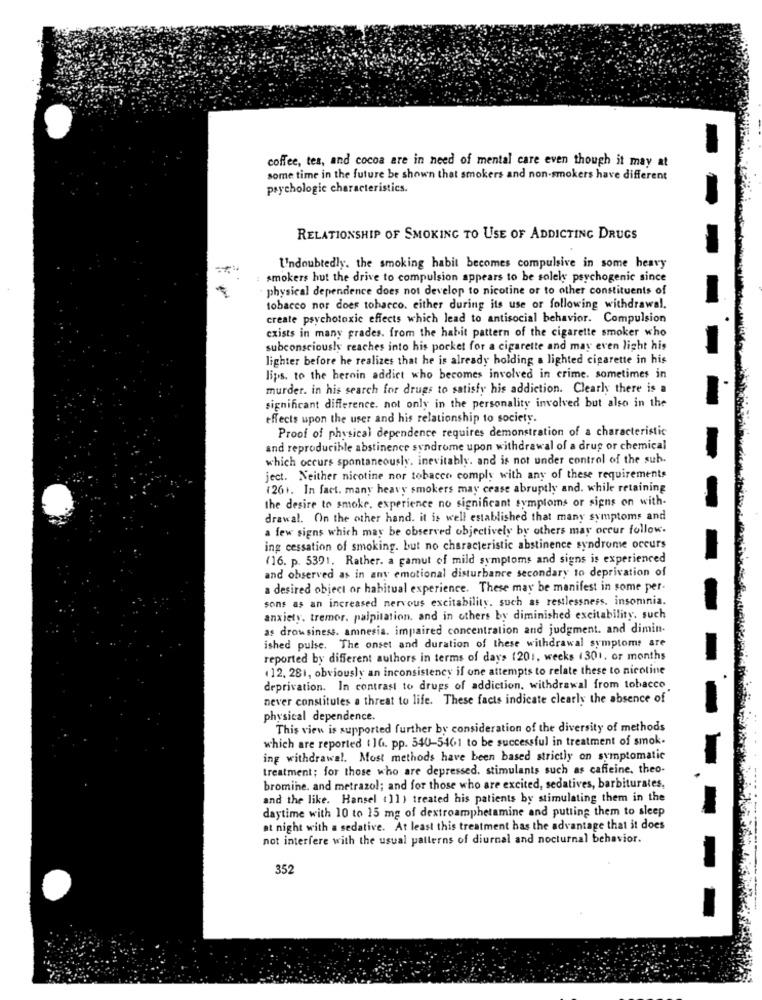
coffee, tes, and cocoa are in need of mental care even though it may at
some time in the future be shown that smokers and non-smokers have different
psychologic characteristics.
RELATIONSHIP OF SMOKING TO USE OF ADDICTING DRUGS
Undoubtedly. the smoking habit becomes compulsive in some heavy
: smokers hut the drive to compulsion appears to be solely psychogenic since
: physical dependence does not develop to nicotine or to other constituents of
tobacco nor does tobacco. either during its use or following withdrawal.
create psychotoxic effects which lead to antisocial behavior. Compulsion
exists in many grades. from the habit pattern of the cigarette smoker who
subconsciously reaches into his pocket for a cigarette and may even light his
lighter before he realizes that he is already holding a lighted cigarette in his
lips. to the heroin addict who becomes involved in crime. sometimes in
murder. in his search for drugs to satisfy his addiction. Clearly there is a
significant difference. not only in the personality involved but also in the
effects upon the user and his relationship to society.
Proof of physical dependence requires demonstration of a characteristic
and reproducible abstinence syndrome upon withdrawal of a drug or chemical
which occurs spontaneously. inevitably. and is not under control of the sub.
ject. Neither nicotine nor tobacco comply with any of these requirements
(26+. In fact. many heavy smokers may crase abruptly and. while retaining
the desire to smoke, experience no significant symptoms or signs on with-
drawal. On the other hand. it is well established that many symptoms and
a few signs which may be observed objectively by others may occur follow.
ing cessation of smoking. but no characteristic abstinence syndrome occurs
(16. p. 5391. Rather. a gamut of mild symptoms and signs is experienced
and observed as in any emotional disturbance secondary to deprivation of
a desired object or habitual experience. These may be manifest in some per-
sons as an increased nervous excitability, such as restlessness. insomnia.
anxiety. tremor. palpitation, and in others by diminished excitability, such
as drowsiness. amnesia. impaired concentration and judgment. and dimin-
ished pulse. The onset and duration of these withdrawal symptoms are
reported by different authors in terms of days (201, weeks (301. or months
.12. 281, obviously an inconsistency if one attempts to relate these to nicotine
deprivation. In contrast to drugs of addiction. withdrawal from tobacco
never constitutes a threat to life. These facts indicate clearly the absence of
physical dependence.
This view is supported further by consideration of the diversity of methods
which are reported ( 10. pp. 340-5461 to be successful in treatment of smok.
ing withdrawal. Most methods have been based strictly on symptomatic
treatment; for those who are depressed. stimulants such as caffeine, theo-
bromine. and metrazol; and for those who are excited, sedatives, barbiturates,
and the like. Hansel (11) treated his patients by stimulating them in the
daytime with 10 to 15 mg of dextroamphetamine and putting them to sleep
at night with a sedative. At least this treatment has the advantage that it does
not interfere with the usual patterns of diurnal and nocturnal behavior.
352